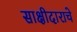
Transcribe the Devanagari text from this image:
साक्षीदाराचे